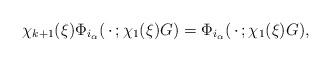
LaTeX: \begin{align*} \chi_{k+1}(\xi)\Phi_{i_\alpha}(\,\cdot\, ; \chi_{1}(\xi) G) =\Phi_{i_\alpha}(\,\cdot\, ; \chi_{1}(\xi)G),\end{align*}